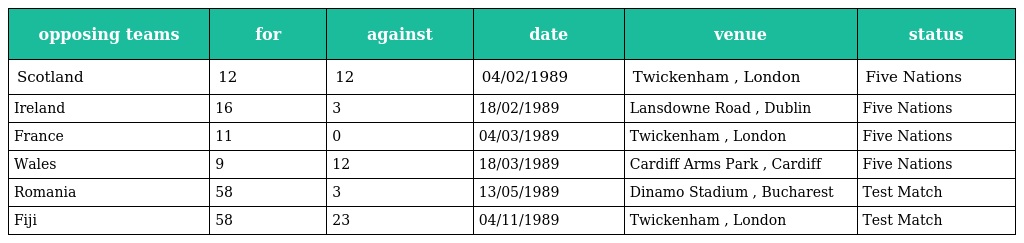
| opposing teams | for | against | date | venue | status |
 | --- | --- | --- | --- | --- | --- |
 | Scotland | 12 | 12 | 04/02/1989 | Twickenham , London | Five Nations |
 | Ireland | 16 | 3 | 18/02/1989 | Lansdowne Road , Dublin | Five Nations |
 | France | 11 | 0 | 04/03/1989 | Twickenham , London | Five Nations |
 | Wales | 9 | 12 | 18/03/1989 | Cardiff Arms Park , Cardiff | Five Nations |
 | Romania | 58 | 3 | 13/05/1989 | Dinamo Stadium , Bucharest | Test Match |
 | Fiji | 58 | 23 | 04/11/1989 | Twickenham , London | Test Match |